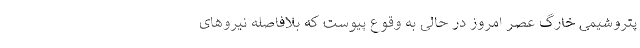
پتروشیمی خارگ عصر امروز در حالی به وقوع پیوست که بلافاصله نیروهای